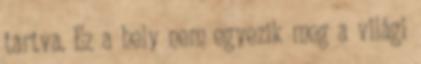
tartva. Ez a hely nem egyezik meg a világi